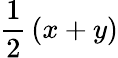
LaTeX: {\frac{1}{2}}\left(x+y\right)